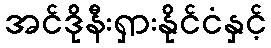
အင်ဒိုနီးရှားနိုင်ငံနှင့်